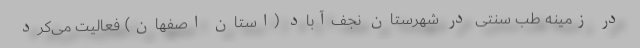
در زمینه طب سنتی در شهرستان نجف‌آباد (استان اصفهان) فعالیت می‌کرد